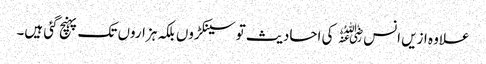
علاوہ ازیں انس﷜ کی احادیث تو سینکڑوں بلکہ ہزاروں تک پہنچ گئی ہیں۔